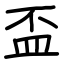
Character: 盃